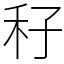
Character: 秄